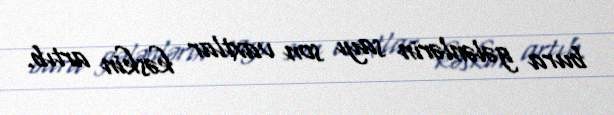
bura gələnlərin sayı son vaxtlar kəskin artıb.